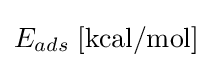
E_{ads}\;{\textrm {[kcal/mol]}}